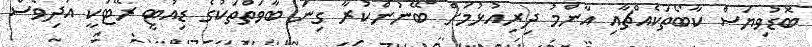
ބޮޑުވިޔަސް ކާބޯތަކެއްޗާއި އާންމު ދިރިއުޅުމަށް ބޭނުންކުރާ ގިނަ ބާވަތްތަކުގެ ޑިއުޓީ ރޭޓަކީ އަދިވެސް